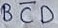
Text: BCD